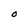
Character: O